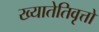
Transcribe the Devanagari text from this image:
ख्यातेतिवृत्तो